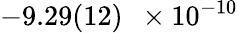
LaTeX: -9.29(12)\, \, \, \times 10^{-10}